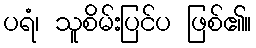
ပရံ၊ သူစိမ်းပြင်ပ ဖြစ်၏။